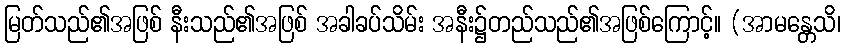
မြတ်သည်၏အဖြစ် နီးသည်၏အဖြစ် အခါခပ်သိမ်း အနီး၌တည်သည်၏အဖြစ်ကြောင့်။ (အာမန္တေသိ၊